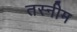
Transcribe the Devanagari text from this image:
तस्नीम